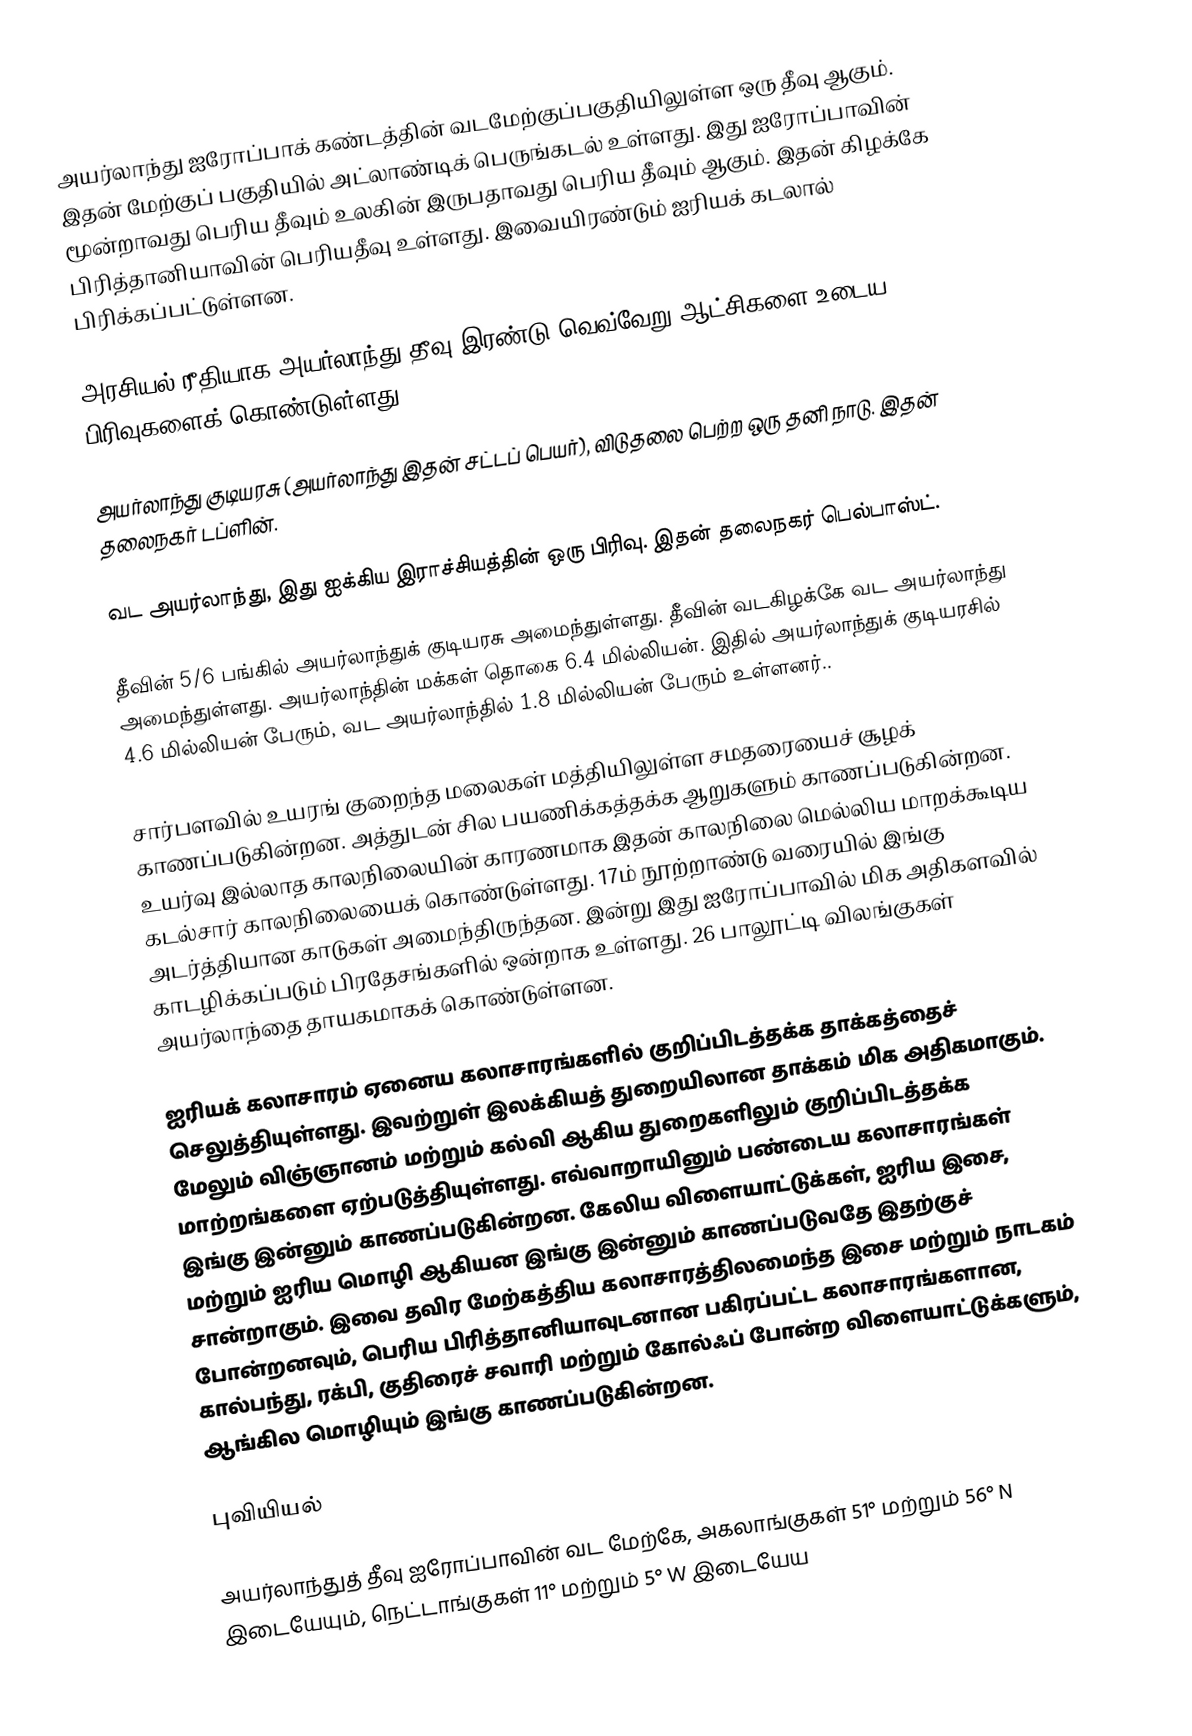
அயர்லாந்து ஐரோப்பாக் கண்டத்தின் வடமேற்குப்பகுதியிலுள்ள ஒரு தீவு ஆகும். இதன் மேற்குப் பகுதியில் அட்லாண்டிக் பெருங்கடல் உள்ளது. இது ஐரோப்பாவின் மூன்றாவது பெரிய தீவும் உலகின் இருபதாவது பெரிய தீவும் ஆகும். இதன் கிழக்கே பிரித்தானியாவின் பெரியதீவு உள்ளது. இவையிரண்டும் ஐரியக் கடலால் பிரிக்கப்பட்டுள்ளன.

அரசியல் ரீதியாக அயர்லாந்து தீவு இரண்டு வெவ்வேறு ஆட்சிகளை உடைய பிரிவுகளைக் கொண்டுள்ளது:

 அயர்லாந்து குடியரசு (அயர்லாந்து இதன் சட்டப் பெயர்), விடுதலை பெற்ற ஒரு தனி நாடு. இதன் தலைநகர் டப்ளின்.

 வட அயர்லாந்து, இது ஐக்கிய இராச்சியத்தின் ஒரு பிரிவு. இதன் தலைநகர் பெல்பாஸ்ட்.

தீவின் 5/6 பங்கில் அயர்லாந்துக் குடியரசு அமைந்துள்ளது. தீவின் வடகிழக்கே வட அயர்லாந்து அமைந்துள்ளது. அயர்லாந்தின் மக்கள் தொகை 6.4 மில்லியன். இதில் அயர்லாந்துக் குடியரசில் 4.6 மில்லியன் பேரும், வட அயர்லாந்தில் 1.8 மில்லியன் பேரும் உள்ளனர்..

சார்பளவில் உயரங் குறைந்த மலைகள் மத்தியிலுள்ள சமதரையைச் சூழக் காணப்படுகின்றன. அத்துடன் சில பயணிக்கத்தக்க ஆறுகளும் காணப்படுகின்றன. உயர்வு இல்லாத காலநிலையின் காரணமாக  இதன் காலநிலை மெல்லிய மாறக்கூடிய கடல்சார் காலநிலையைக் கொண்டுள்ளது. 17ம் நூற்றாண்டு வரையில் இங்கு அடர்த்தியான காடுகள் அமைந்திருந்தன. இன்று இது ஐரோப்பாவில் மிக அதிகளவில் காடழிக்கப்படும் பிரதேசங்களில் ஒன்றாக உள்ளது. 26 பாலூட்டி விலங்குகள் அயர்லாந்தை தாயகமாகக் கொண்டுள்ளன.

ஐரியக் கலாசாரம் ஏனைய கலாசாரங்களில் குறிப்பிடத்தக்க தாக்கத்தைச் செலுத்தியுள்ளது. இவற்றுள் இலக்கியத் துறையிலான தாக்கம் மிக அதிகமாகும். மேலும் விஞ்ஞானம் மற்றும் கல்வி ஆகிய துறைகளிலும் குறிப்பிடத்தக்க மாற்றங்களை ஏற்படுத்தியுள்ளது. எவ்வாறாயினும்  பண்டைய கலாசாரங்கள் இங்கு இன்னும் காணப்படுகின்றன. கேலிய விளையாட்டுக்கள், ஐரிய இசை, மற்றும் ஐரிய மொழி ஆகியன இங்கு இன்னும் காணப்படுவதே இதற்குச் சான்றாகும். இவை தவிர மேற்கத்திய கலாசாரத்திலமைந்த இசை மற்றும் நாடகம் போன்றனவும், பெரிய பிரித்தானியாவுடனான பகிரப்பட்ட கலாசாரங்களான, கால்பந்து, ரக்பி, குதிரைச் சவாரி மற்றும் கோல்ஃப் போன்ற விளையாட்டுக்களும், ஆங்கில மொழியும் இங்கு காணப்படுகின்றன.

புவியியல்

அயர்லாந்துத் தீவு ஐரோப்பாவின் வட மேற்கே, அகலாங்குகள் 51° மற்றும் 56° N இடையேயும், நெட்டாங்குகள் 11° மற்றும் 5° W இடையேய